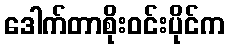
ဒေါက်တာစိုးဝင်းပိုင်က